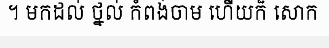
។ មកដល់ ថ្នល់ កំពង់ចាម ហើយក៏ សោក